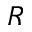
R